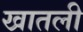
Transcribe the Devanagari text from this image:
खातली